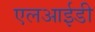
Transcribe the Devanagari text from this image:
एलआईडी